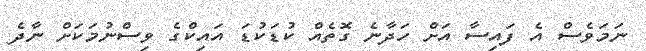
ނަމަވެސް އެ ފައިސާ އަށް ހަދާނެ ގޮތެއް ކުޑަކުޑަ އައިކްގެ ވިސްނުމަކަށް ނާދެ